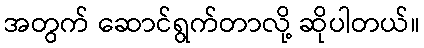
အတွက် ဆောင်ရွက်တာလို့ ဆိုပါတယ်။